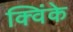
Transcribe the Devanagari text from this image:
क्विंके